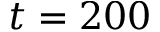
t = 2 0 0